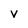
Character: V